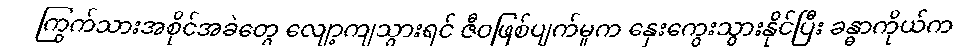
ကြွက်သားအစိုင်အခဲတွေ လျော့ကျသွားရင် ဇီဝဖြစ်ပျက်မှုက နှေးကွေးသွားနိုင်ပြီး ခန္ဓာကိုယ်က